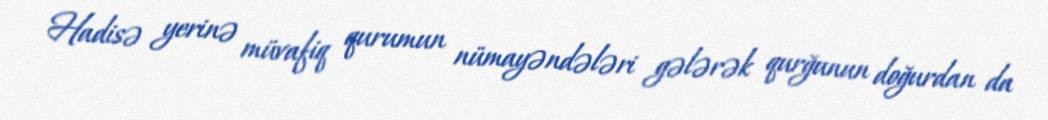
Hadisə yerinə müvafiq qurumun nümayəndələri gələrək qurğunun doğurdan da